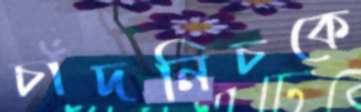
চাঁদনিচকে